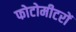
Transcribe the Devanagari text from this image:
फोटोमीटरों